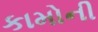
કામોની